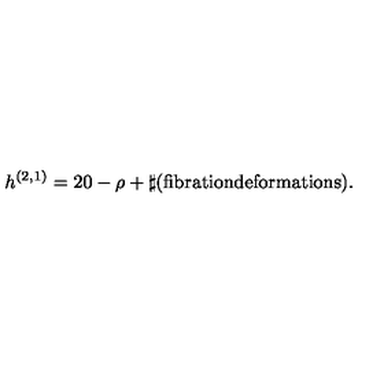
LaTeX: h ^ { ( 2 , 1 ) } = 2 0 - \rho + \sharp ( \mathrm { f i b r a t i o n } \mathrm { d e f o r m a t i o n s } ) .